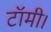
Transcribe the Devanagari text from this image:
टॉमी।